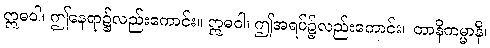
ဣဓဝါ၊ ဤနေရာ၌လည်းကောင်း။ ဣဓဝါ၊ ဤအရပ်၌လည်းကောင်း။ တာနိကမ္မာနိ၊